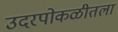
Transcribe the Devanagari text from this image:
उदरपोकळीतला